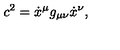
c ^ { 2 } = \dot { x } ^ { \mu } g _ { \mu \nu } \dot { x } ^ { \nu } ,